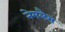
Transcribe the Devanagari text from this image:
नेमलैस